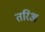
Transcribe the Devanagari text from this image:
तरिअ